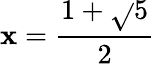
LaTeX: \mathbf{x}={\frac{{1+{\sqrt{}{{5}}}}}{{2}}}